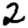
Digit: 2